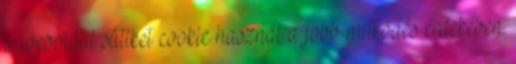
a weboldal sütiket cookie használ a jobb működés érdekében.